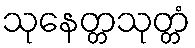
သုနေတ္တသုတ္တံ